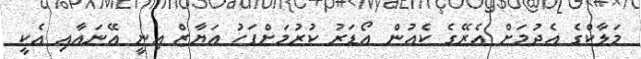
މަލާކްގެ އެދުމަށް އެރޭގެ ކެއުން އޯޑަރު ކުރުމަށްފަހު އަޔާޒް އިނީ އޭނައާއި އެކީ